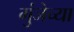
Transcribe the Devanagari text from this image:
गुंजेच्या